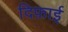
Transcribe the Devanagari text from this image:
दिफ़ाई